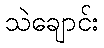
သဲချောင်း